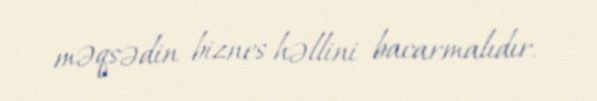
məqsədin biznes həllini bacarmalıdır.